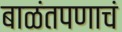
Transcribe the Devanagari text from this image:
बाळंतपणाचं